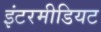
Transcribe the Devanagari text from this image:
इंटरमीडियट